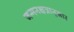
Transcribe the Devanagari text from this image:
जन्मनक्षत्रानुसार